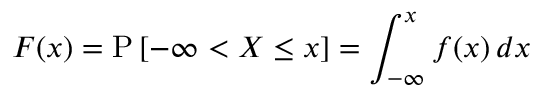
F ( x ) = \operatorname { P } \left[ - \infty < X \leq x \right] = \int _ { - \infty } ^ { x } f ( x ) \, d x